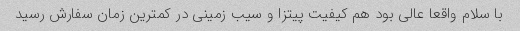
با سلام واقعا عالی بود هم کیفیت پیتزا و سیب زمینی در کمترین زمان سفارش رسید